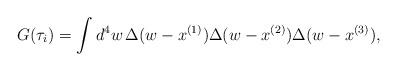
LaTeX: \begin{align*}G(\tau_i)=\int d^4w\,\Delta(w-x^{(1)})\Delta(w-x^{(2)})\Delta(w-x^{(3)}),\end{align*}